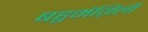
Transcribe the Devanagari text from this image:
बहुमंज़िली